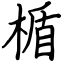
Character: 楯